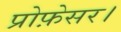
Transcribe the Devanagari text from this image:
प्रोफ़ेसर।